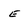
Character: E